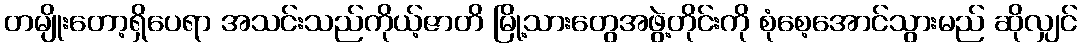
တမျိုးတော့ရှိပေရာ အသင်းသည်ကိုယ့်ဇာတိ မြို့သားတွေအဖွဲ့တိုင်းကို စုံစေ့အောင်သွားမည် ဆိုလျှင်